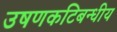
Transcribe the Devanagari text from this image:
उषणकटिबन्धीय